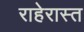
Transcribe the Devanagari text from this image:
राहेरास्त